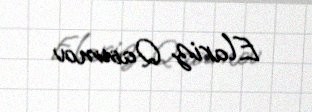
Elariz Qasımov